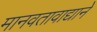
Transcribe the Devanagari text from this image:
मानवतावाद्याने